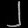
Digit: ၂